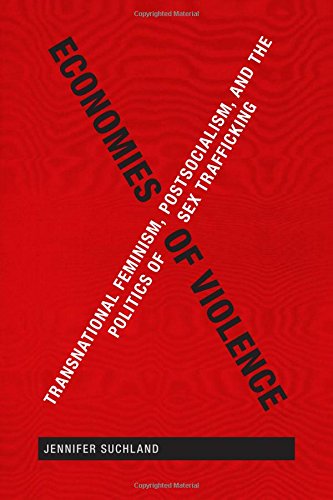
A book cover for Economies of Violence: Transnational Feminism, Postsocialism, and the Politics of Sex Trafficking; Jennifer Suchland; Politics & Social Sciences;